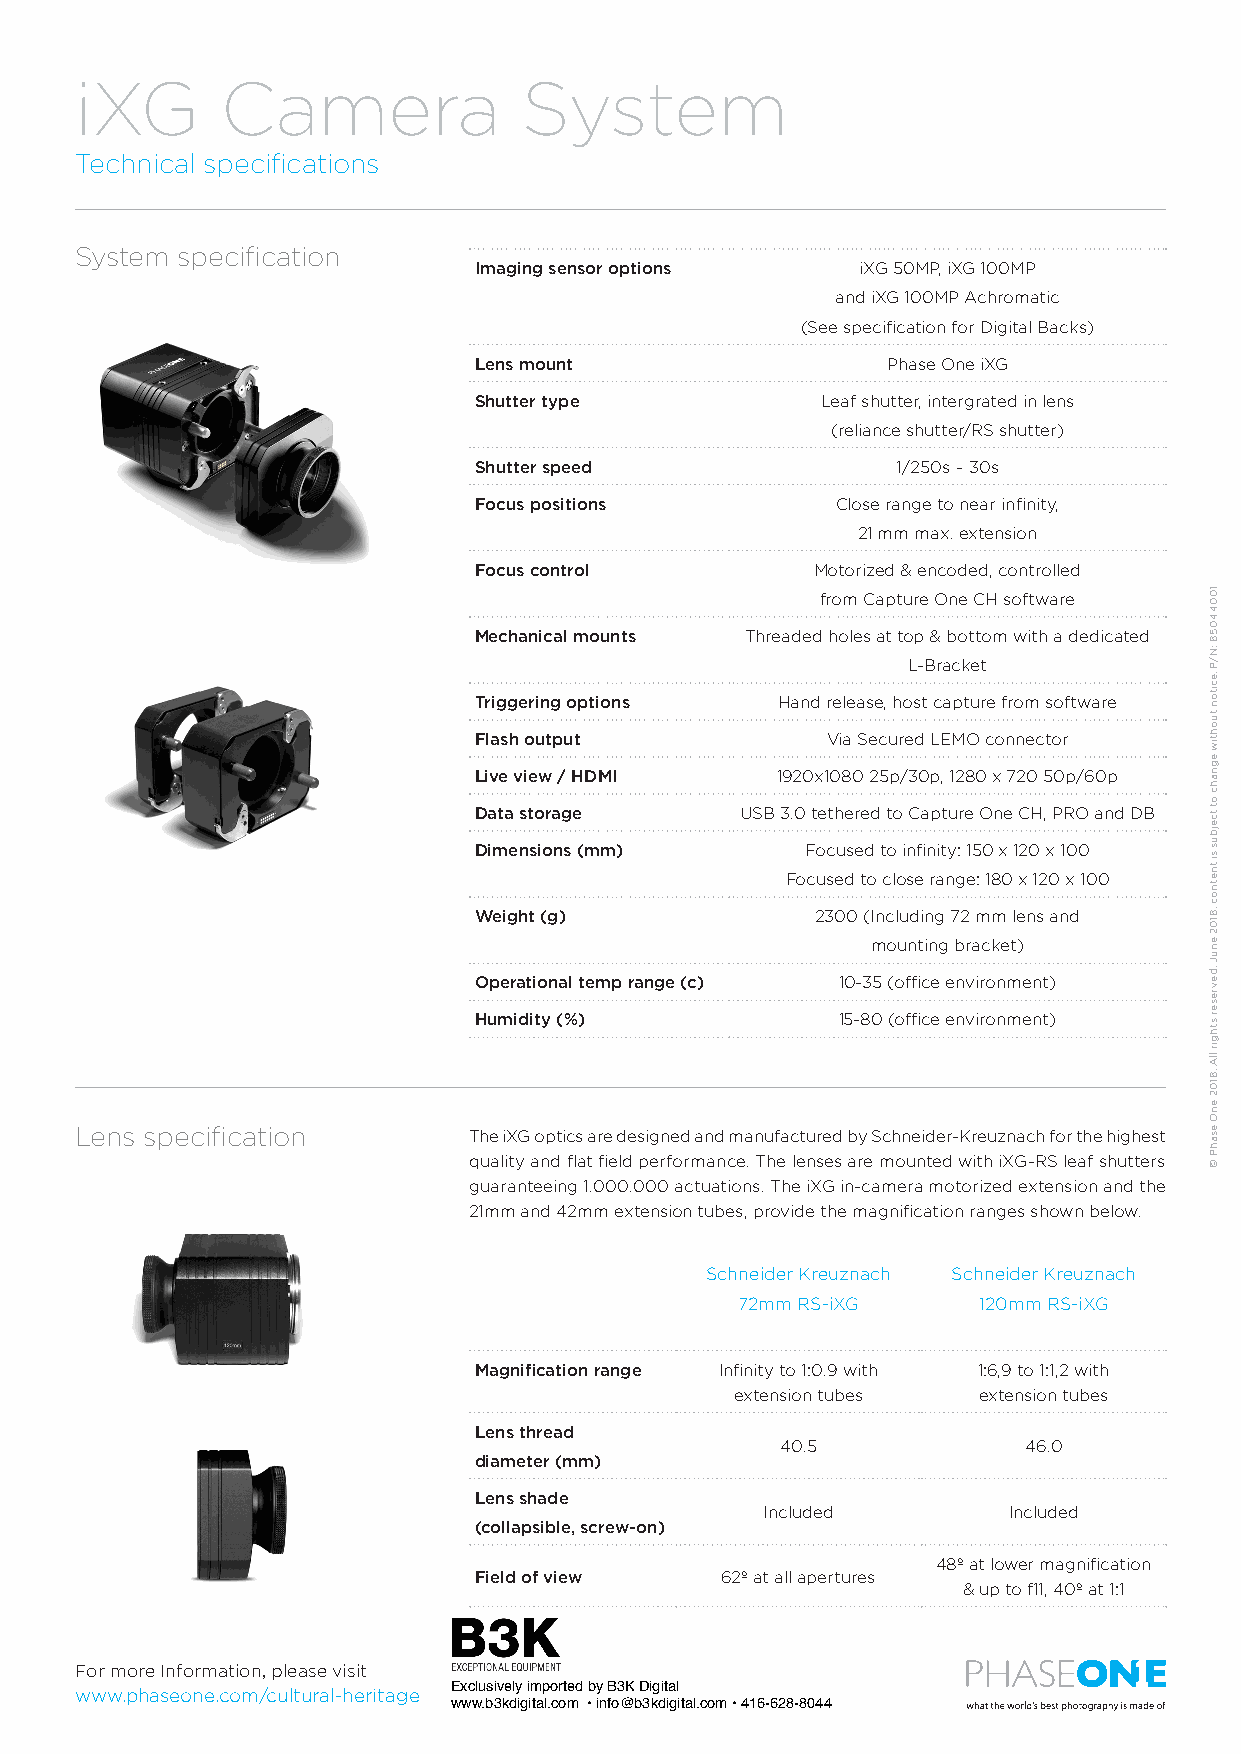
iXG       Camera              System
 Technical specifications
 System specification
 Imaging sensor options    iXG 50MP, iXG 100MP
 and iXG 100MP Achromatic
 (See specification for Digital Backs)
 Lens mount                  Phase One iXG
 Shutter type           Leaf shutter, intergrated in lens
 (reliance shutter/RS shutter)
 Shutter speed               1/250s – 30s
 Focus positions         Close range to near infinity,
 21 mm max. extension
 Focus control          Motorized & encoded, controlled
 from Capture One CH software
 Mechanical mounts Threaded holes at top & bottom with a dedicated
 L-Bracket
 Triggering options  Hand release, host capture from software
 Flash output            Via Secured LEMO connector
 Live view / HDMI    1920x1080 25p/30p, 1280 x 720 50p/60p
 Data storage      USB 3.0 tethered to Capture One CH, PRO and DB
 Dimensions (mm)       Focused to infinity: 150 x 120 x 100
 Focused to close range: 180 x 120 x 100
 Weight (g)             2300 (Including 72 mm lens and
 mounting bracket)
 Operational temp range (c) 10-35 (office environment)
 Humidity (%)            15-80 (office environment)
 Lens specification        The iXG optics are designed and manufactured by Schneider-Kreuznach for the highest
 quality and flat field performance. The lenses are mounted with iXG-RS leaf shutters
 guaranteeing 1.000.000 actuations. The iXG in-camera motorized extension and the
 21mm and 42mm extension tubes, provide the magnification ranges shown below.
 Schneider Kreuznach Schneider Kreuznach
 72mm RS-iXG     120mm RS-iXG
 Magnification range Infinity to 1:0.9 with 1:6,9 to 1:1,2 with
 extension tubes extension tubes
 Lens thread
 40.5            46.0
 diameter (mm)
 Lens shade
 Included        Included
 (collapsible, screw-on)
 48º at lower magnification
 Field of view    62º at all apertures
 & up to f11, 40º at 1:1
 Exclusively imported by B3K Digital
 www.b3kdigital.com • info@b3kdigital.com • 416-628-8044
 For more Information, please visit
 www.phaseone.com/cultural-heritage
 10044058
 :N/P
 .eciton
 tuohtiw
 egnahc
 ot
 tcejbus
 si
 tnetnoc
 ,8102
 enuJ
 .devreser
 sthgir
 llA
 .8102
 enO
 esahP
 ©